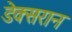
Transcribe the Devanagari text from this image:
डेक्सरान